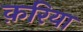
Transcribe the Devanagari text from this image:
क़रिया